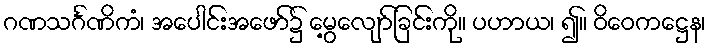
ဂဏသင်္ဂဏိကံ၊ အပေါင်းအဖော်၌ မွေ့လျော်ခြင်းကို။ ပဟာယ၊ ၍။ ဝိဝေကဋ္ဌေန၊